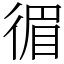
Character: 𢔰